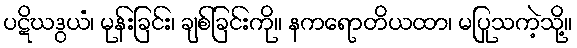
ပဋိဃဒွယံ၊ မုန်းခြင်း၊ ချစ်ခြင်းကို။ နကရောတိယထာ၊ မပြုသကဲ့သို့။